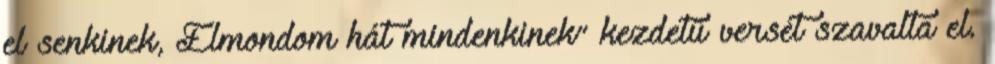
el senkinek, Elmondom hát mindenkinek” kezdetű versét szavalta el.